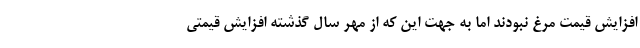
افزایش قیمت مرغ نبودند اما به جهت این که از مهر سال گذشته افزایش قیمتی